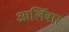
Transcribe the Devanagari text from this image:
आर्लिबार